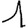
Digit: 1